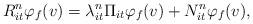
LaTeX: \begin{align*}R_{it}^n \varphi_f(v) = \lambda_{it}^n \Pi_{it} \varphi_f(v) + N_{it}^n \varphi_f(v),\end{align*}